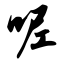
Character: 呢